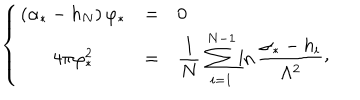
\left\{ \begin{matrix} { { ( \alpha _ { * } - h _ { N } ) \, \varphi _ { * } } } & { { = } } & { { 0 \hfill } } \\ { { 4 \pi \varphi _ { * } ^ { 2 } } } & { { = } } & { { \displaystyle { \frac { 1 } { N } } \, \sum _ { i = 1 } ^ { N - 1 } \ln { \frac { \alpha _ { * } - h _ { i } } { \Lambda ^ { 2 } } } \raise 2 p t \mathrm { , } } } \\ \end{matrix} \right.